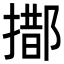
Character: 𨝨